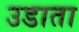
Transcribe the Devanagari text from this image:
उडाता